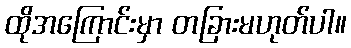
ထိုအကြောင်းမှာ တခြားမဟုတ်ပါ။